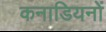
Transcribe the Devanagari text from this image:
कनाडियनों